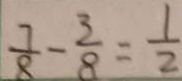
\frac { 7 } { 8 } - \frac { 3 } { 8 } = \frac { 1 } { 2 }